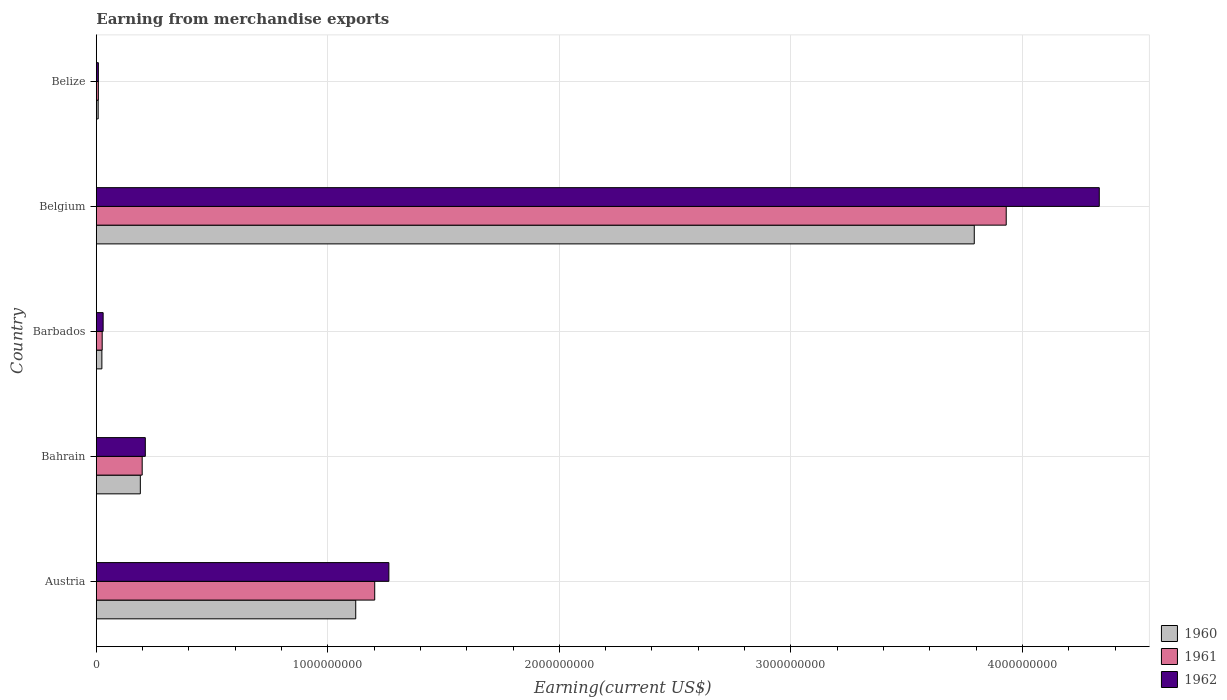
| Country | 1960 | 1961 | 1962 |
 | --- | --- | --- | --- |
 | Austria | 1.12e+09 | 1.2e+09 | 1.26e+09 |
 | Bahrain | 1.9e+08 | 1.98e+08 | 2.12e+08 |
 | Barbados | 2.39e+07 | 2.52e+07 | 2.93e+07 |
 | Belgium | 3.79e+09 | 3.93e+09 | 4.33e+09 |
 | Belize | 7.87e+06 | 8.68e+06 | 8.67e+06 |